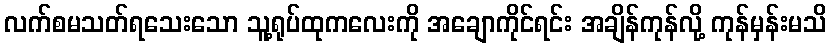
လက်စမသတ်ရသေးသော သူ့ရုပ်ထုကလေးကို အချောကိုင်ရင်း အချိန်ကုန်လို့ ကုန်မှန်းမသိ